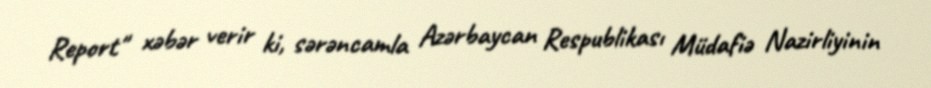
Report" xəbər verir ki, sərəncamla Azərbaycan Respublikası Müdafiə Nazirliyinin